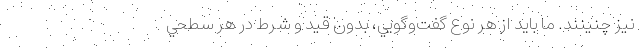
نيز چنينند. ما بايد از هر نوع گفت‌وگويي، بدون قيد و شرط در هر سطحي